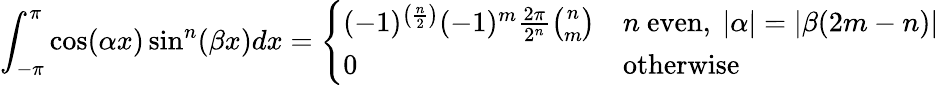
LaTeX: \int_{-\pi}^{\pi}\cos(\alpha x)\sin^{n}(\beta x)dx={\left\{ \begin{array}{ll}{(-1)^{\left({\frac{n}{2}}\right)}(-1)^{m}{\frac{2\pi}{2^{n}}}{\binom{n}{m}}}&{n{\mathrm{~even}},\ |\alpha|=|\beta(2m-n)|}\\ {0}&{{\mathrm{otherwise}}}\end{array}\right.}